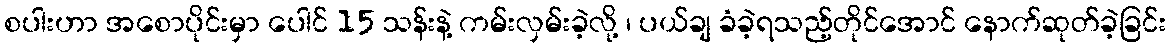
စပါးဟာ အစောပိုင်းမှာ ပေါင် 15 သန်းနဲ့ ကမ်းလှမ်းခဲ့လို့ ၊ ပယ်ချ ခံခဲ့ရသည့်တိုင်အောင် နောက်ဆုတ်ခဲ့ခြင်း